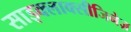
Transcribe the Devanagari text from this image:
साइक्लाक्सीजिनेज़